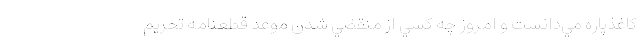
كاغذپاره مي‌دانست و امروز چه كسي از منقضي شدن موعد قطعنامه تحريم